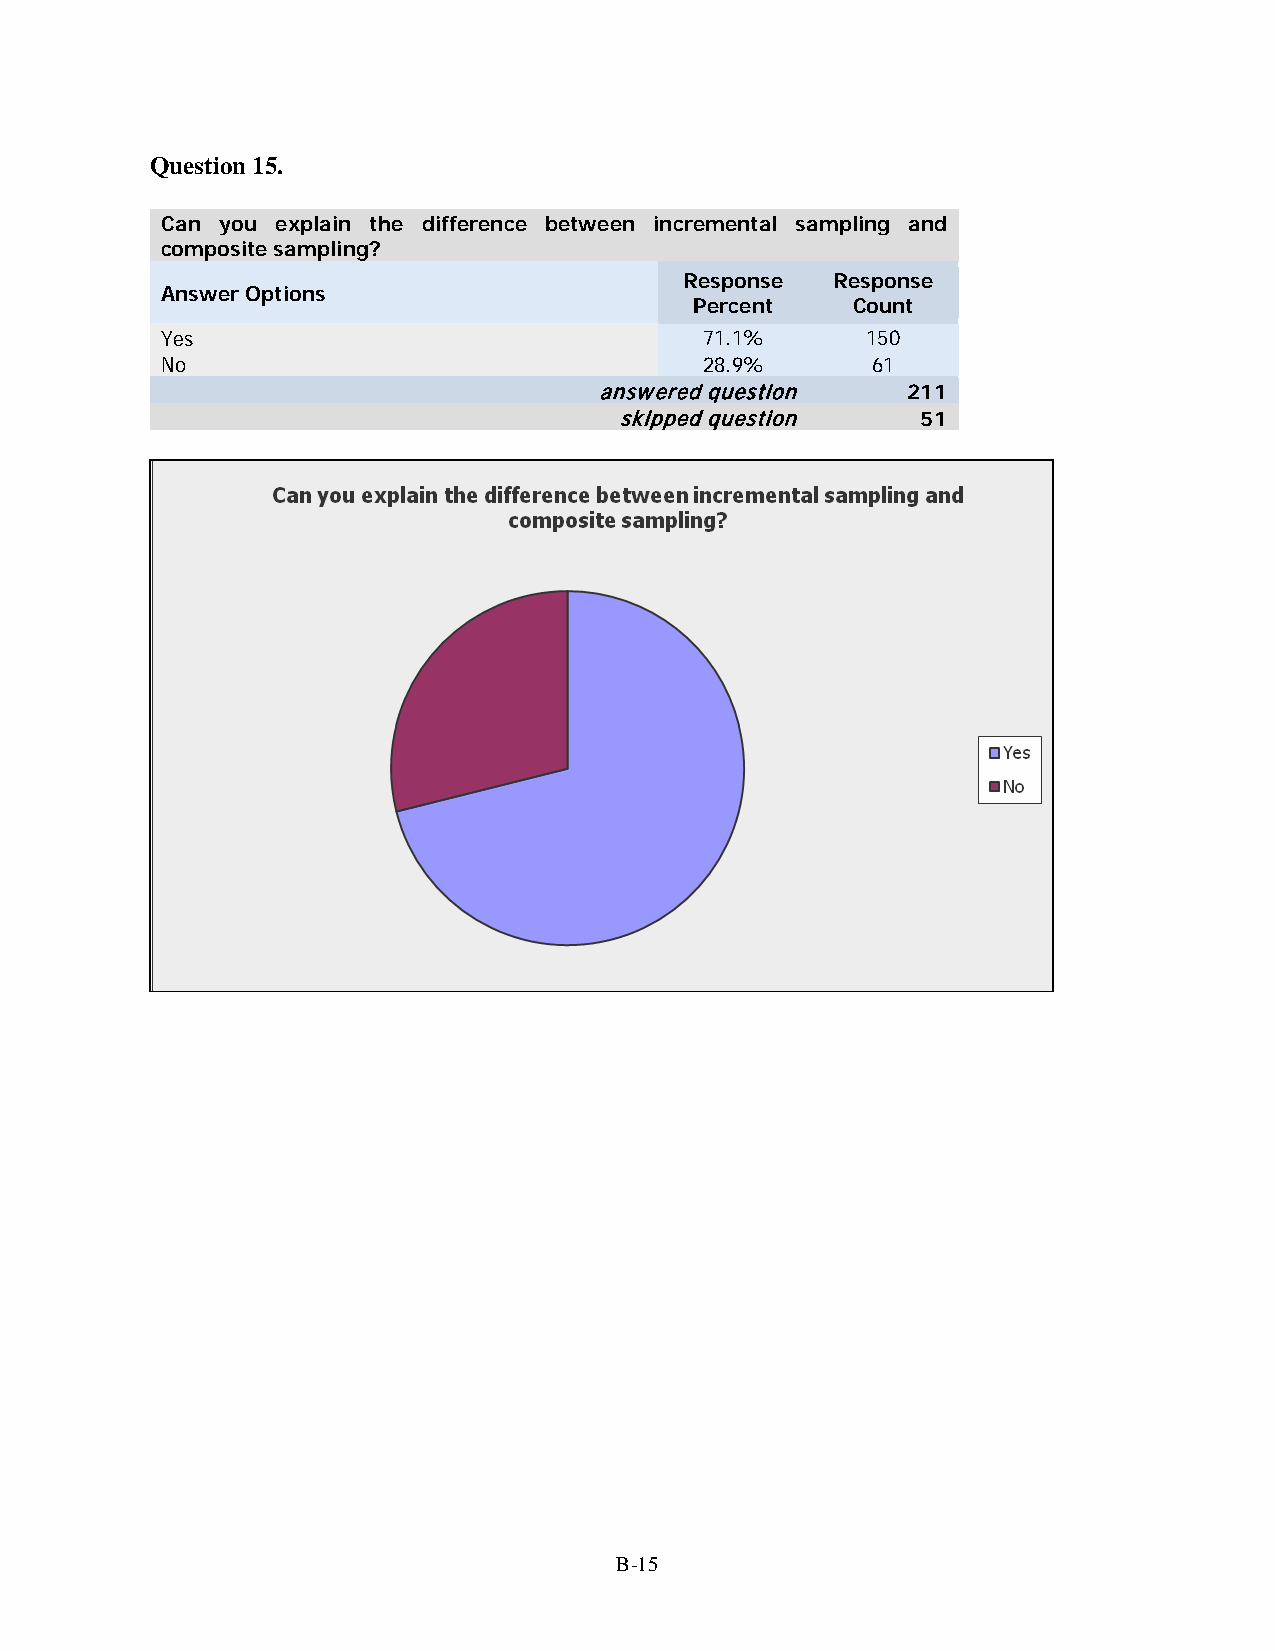
Question 15.
 Can you explain the difference between incremental sampling and
 composite sampling?
 Response  Response
 Answer Options
 Percent   Count
 Yes                                 71.1%     150
 No                                  28.9%      61
 answered question   211
 skipped question    51
 B-15